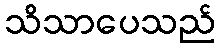
သိသာပေသည်